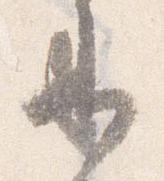
来